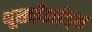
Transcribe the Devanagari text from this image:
थूसाईंडाईड्स